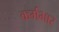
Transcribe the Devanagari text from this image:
कर्मभार